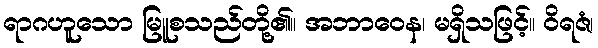
ရာဂဟူသော မြူစသည်တို့၏။ အဘာဝေန၊ မရှိသဖြင့်။ ဝိရဇံ၊